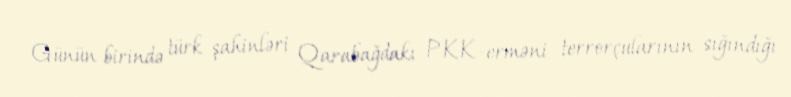
Günün birində türk şahinləri Qarabağdakı PKK-erməni terrorçularının sığındığı